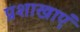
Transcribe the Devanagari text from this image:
प्रशाखाएं